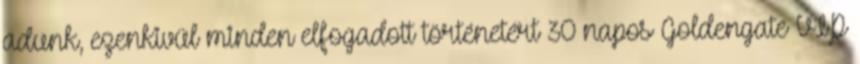
adunk, ezenkivül minden elfogadott történetért 30 napos Goldengate VIP